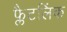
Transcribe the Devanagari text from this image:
फ्लैटलिंक